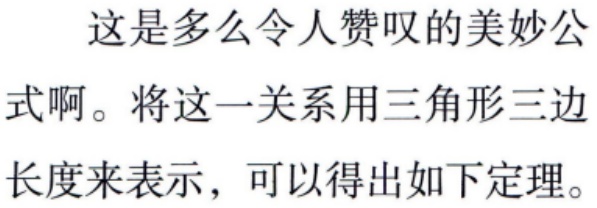
这是多么令人赞叹的美妙公式啊。将这一关系用三角形三边长度来表示，可以得出如下定理。